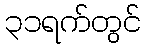
၃၁ရက်တွင်